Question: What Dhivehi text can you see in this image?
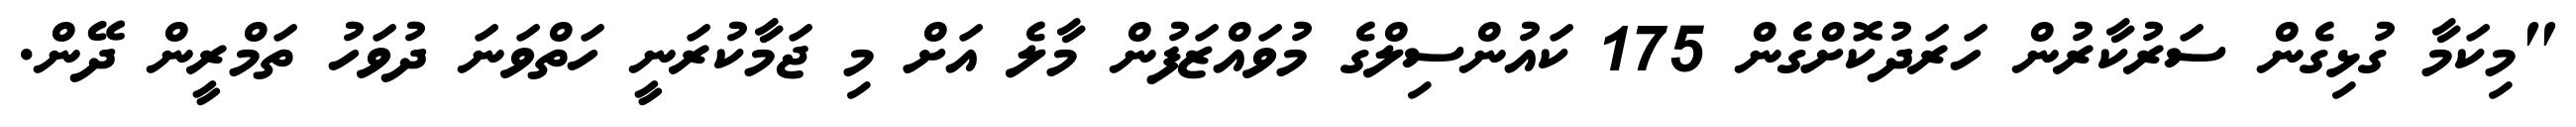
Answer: "މިކަމާ ގުޅިގެން ސަރުކާރުން ހަރަދުކޮށްގެން 175 ކައުންސިލްގެ މުވައްޒަފުން މާލެ އަށް މި ޖަމާކުރަނީ ހަތްވަނަ ދުވަހު ތަމްރީން ދޭން.